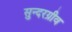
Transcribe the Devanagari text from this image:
सुन्दरग्रीव